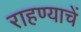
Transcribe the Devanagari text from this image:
राहण्याचें